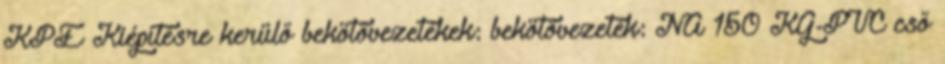
KPE Kiépítésre kerülő bekötővezetékek: bekötővezeték: NA 150 KG-PVC cső